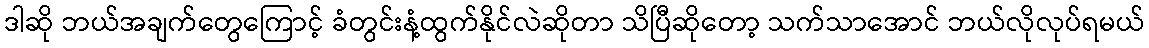
ဒါဆို ဘယ်အချက်တွေကြောင့် ခံတွင်းနံ့ထွက်နိုင်လဲဆိုတာ သိပြီဆိုတော့ သက်သာအောင် ဘယ်လိုလုပ်ရမယ်